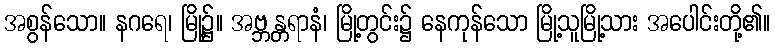
အစွန်သော။ နဂရေ၊ မြို့၌။ အဗ္ဘန္တရာနံ၊ မြို့တွင်း၌ နေကုန်သော မြို့သူမြို့သား အပေါင်းတို့၏။